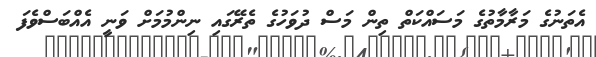
އެތަނުގެ މަރާމާތުގެ މަސައްކަތް ތިން މަސް ދުވަހުގެ ތެރޭގައި ނިންމުމަށް ވަނީ އެއްބަސްވެފަ